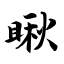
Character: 瞅